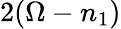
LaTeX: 2(\Omega-n_{1})